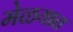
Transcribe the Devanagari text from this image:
मेळयात